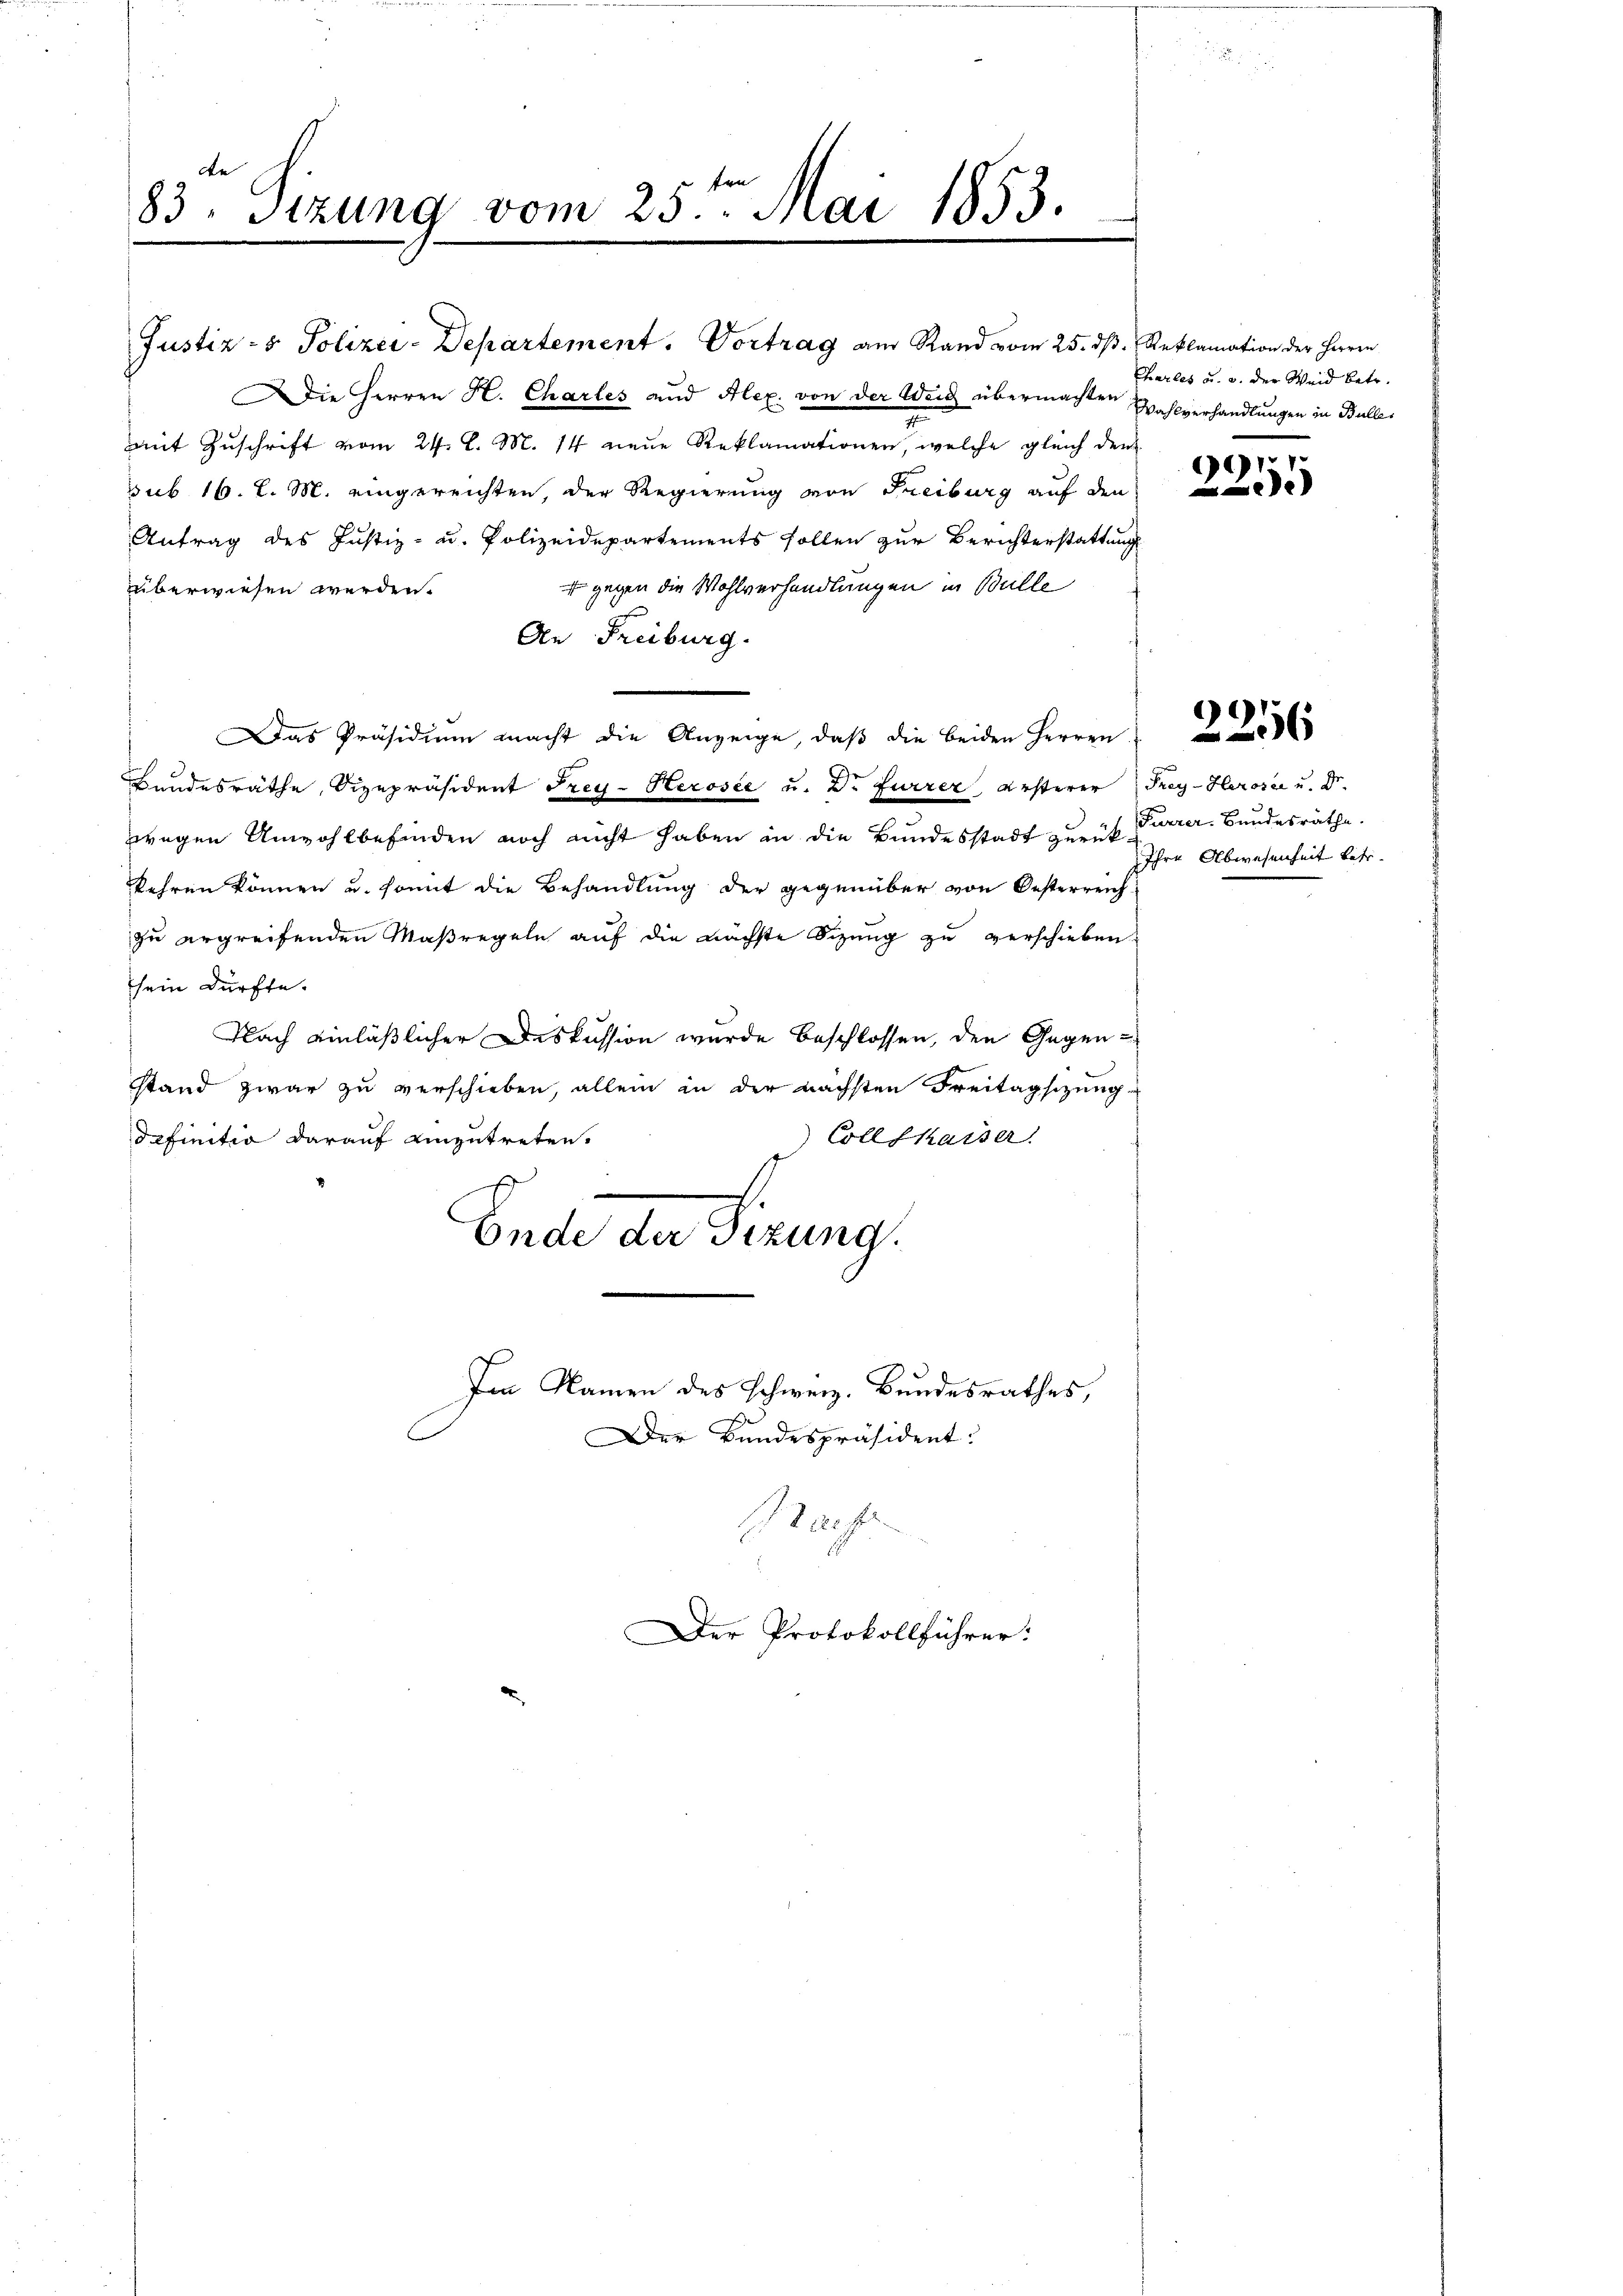
de
83. Sitzung vom 25ten Mai 1853.

Justiz- & Polizei-Departement. Vortrag am Rand vom 25. dβ. Reklamation der Herrn
Die Herren H. Charles und Alex von der Weid übermachten Wahlverhandlungen in Buller
mit Zuschrift vom 24. d. M. 14 neue Reklamationen, welche gleich den
sub 16. L. M. eingereichten, der Regierung von Freiburg auf den
Antrag des Justiz- u. Polizeidepartements sollen zur Berichterstattung
 gegen die Wohlverhandlungen in Bulle
überwiesen werden.
An Freiburg.
Das Präsidium macht die Anzeige, daß die beiden Herren
Bundesräthe, Vizepräsident Frey- Herosee u. Dr Furrer ersterer Frey-Herose u. Dr.
zwegen Unwohlbefinden noch nicht haben in die Bundesstadt zurück Furrer. Bundesräthe.
kehren können u. somit die Behandlung der gegenüber von Oesterreichzu ergreifenden Maßregeln auf die nächste Sizung zu verschieben.
sein dürfte.
Nach einläßlicher Diskussion wurde beschlossen, den Gegenstand zwar zu verschieben, allein in der nächsten Freitagsizung
definitio darauf einzutreten.
Colle kaiser
|
Ende der Sizung.

Im Namen des schweiz. Bundesrathes,

Der Bundespräsident:
of

Der Protokollführer:

Charles u. a. der Weid betr.

95.
)

2256

Ihre Abwesenheit betr.